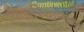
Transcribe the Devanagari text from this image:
केसरियानाथ